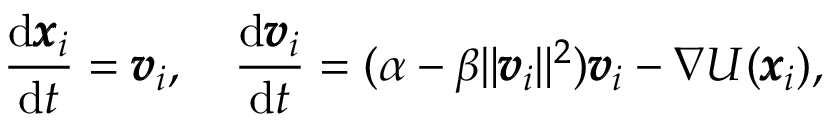
\frac { \mathrm { d } \pmb { x } _ { i } } { \mathrm { d } t } = \pmb { v } _ { i } , \quad \frac { \mathrm { d } \pmb { v } _ { i } } { \mathrm { d } t } = ( \alpha - \beta \| \pmb { v } _ { i } \| ^ { 2 } ) \pmb { v } _ { i } - \nabla U ( \pmb { x } _ { i } ) ,